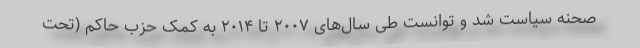
صحنه سیاست شد و توانست طی سال‌های ۲۰۰۷ تا ۲۰۱۴ به کمک حزب حاکم (تحت